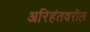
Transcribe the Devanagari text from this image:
अरिहंतवरील